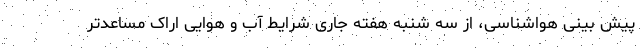
پیش بینی هواشناسی، از سه شنبه هفته جاری شرایط آب و هوایی اراک مساعدتر